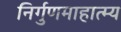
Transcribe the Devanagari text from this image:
निर्गुणमाहात्म्य